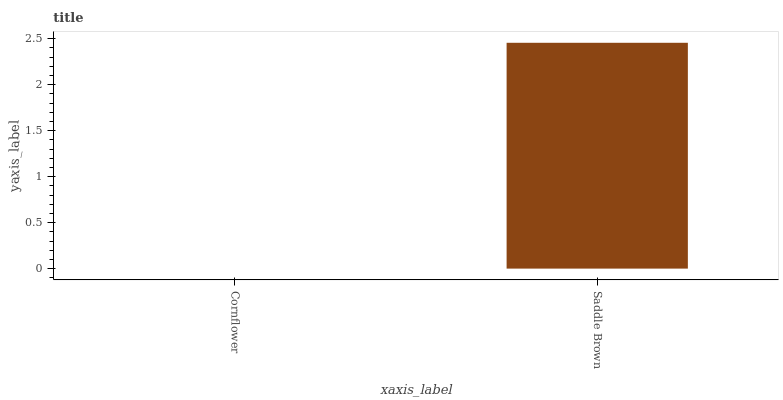
| xaxis_label | bars |
 | --- | --- |
 | Cornflower | 0 |
 | Saddle Brown | 2.46 |